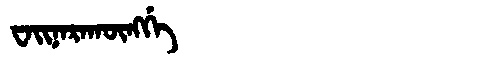
Manchu: ᠸᠠᡳᠨᠠᡵᠠᡴᡡᠩᡤᡝ
Romanization: WAINARAKŪNGGE